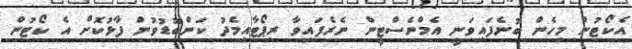
އެކޯޓުން މިހެން ބުނެފައިވަނީ އެމްނެސްޓީން ނެރެފައިވާ ރިޕޯޓާއިމެދު ކަންބޮޑުވުން ފާޅުކޮށް އެ ކޯޓުން